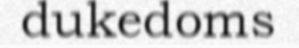
dukedoms